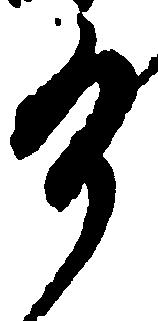
け